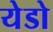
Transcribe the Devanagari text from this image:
येडो